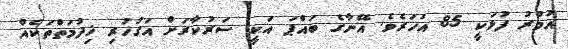
އުމުރު ފުޅަކީ 85 އަހަރެވެ. އޭނާގެ ބައްޕަ އަކީ ސަރުކާރަށް އަގުހުރި ޚިދުމަތްތަކެއް